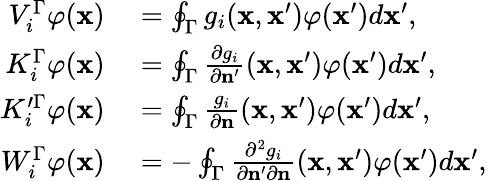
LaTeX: \begin{array}{rl}{V_{i}^{\Gamma}\varphi(\mathbf{x})}&{{}=\oint_{\Gamma}g_{i}(\mathbf{x},\mathbf{x}^{\prime})\varphi(\mathbf{x}^{\prime})d\mathbf{x}^{\prime},}\\ {K_{i}^{\Gamma}\varphi(\mathbf{x})}&{{}=\oint_{\Gamma}\frac{\partial g_{i}}{\partial\mathbf{n}^{\prime}}(\mathbf{x},\mathbf{x}^{\prime})\varphi(\mathbf{x}^{\prime})d\mathbf{x}^{\prime},}\\ {K_{i}^{\prime\Gamma}\varphi(\mathbf{x})}&{{}=\oint_{\Gamma}\frac{g_{i}}{\partial\mathbf{n}}(\mathbf{x},\mathbf{x}^{\prime})\varphi(\mathbf{x}^{\prime})d\mathbf{x}^{\prime},}\\ {W_{i}^{\Gamma}\varphi(\mathbf{x})}&{{}=-\oint_{\Gamma}\frac{\partial^{2}g_{i}}{\partial\mathbf{n}^{\prime}\partial\mathbf{n}}(\mathbf{x},\mathbf{x}^{\prime})\varphi(\mathbf{x}^{\prime})d\mathbf{x}^{\prime},}\end{array}